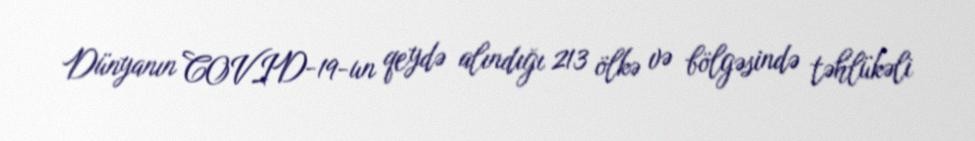
Dünyanın COVID-19-un qeydə alındığı 213 ölkə və bölgəsində təhlükəli